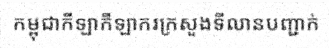
កម្ពុជាកីឡាកីឡាករក្រសួងទីលានបញ្ជាក់